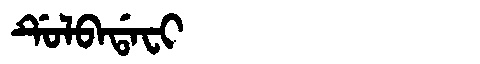
Manchu: ᡩᡠᠯᠪᠠᡩᠠᠸᡳ
Romanization: DULBADAFI